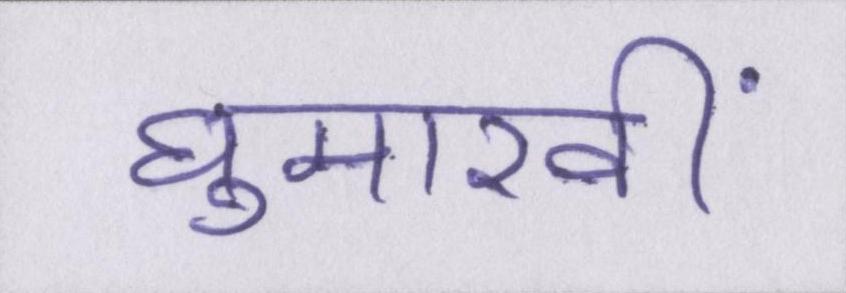
घुमारवीं